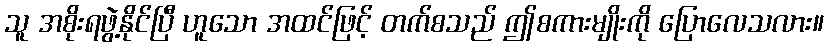
သူ အစိုးရဖွဲ့နိုင်ပြီ ဟူသော အထင်ဖြင့် တက်စသည် ဤစကားမျိုးကို ပြောလေသလား။